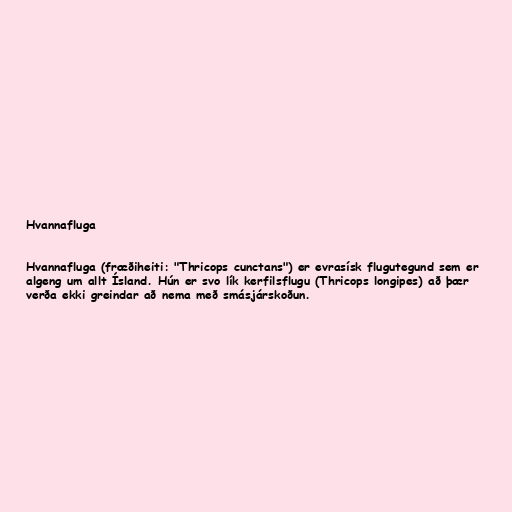
Hvannafluga

Hvannafluga (fræðiheiti: "Thricops cunctans") er evrasísk flugutegund sem er
algeng um allt Ísland. Hún er svo lík kerfilsflugu (Thricops longipes) að þær
verða ekki greindar að nema með smásjárskoðun.